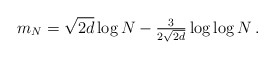
\begin{align*}m_N = \sqrt{2d} \log N - \tfrac{3}{2\sqrt{2d}} \log \log N \,.\end{align*}